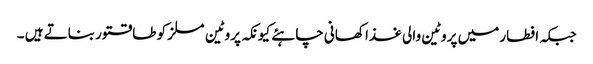
جبکہ افطار میں پروٹین والی غذا کھانی چاہئے کیونکہ پروٹین مسلز کو طاقتور بناتے ہیں ۔